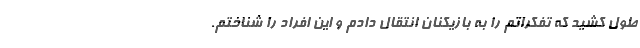
طول کشید که تفکراتم را به بازیکنان انتقال دادم و این افراد را شناختم.